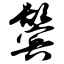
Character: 鬓